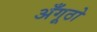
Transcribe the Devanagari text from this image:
अँगूठो